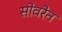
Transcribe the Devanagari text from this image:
सोवरेन